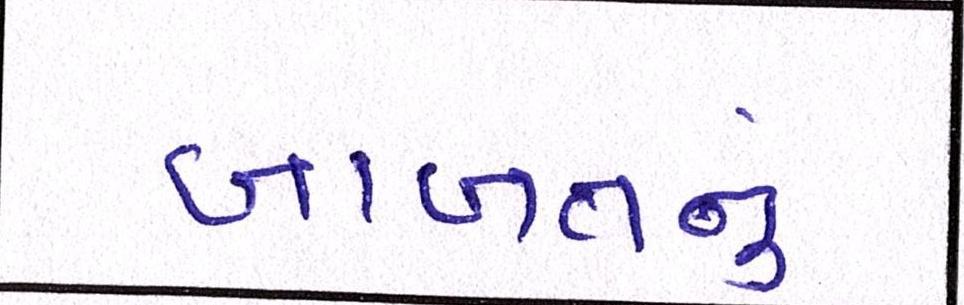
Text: બાબતનું